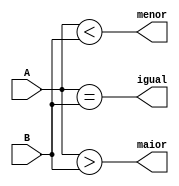
module comparador1 (A, B, igual, maior, menor);

input [1:0] A, B;
output igual, maior, menor;

assign igual = ( A == B );
assign maior = ( A > B );
assign menor = ( A < B );

endmodule